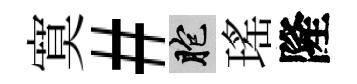
寞#胞瑤隆